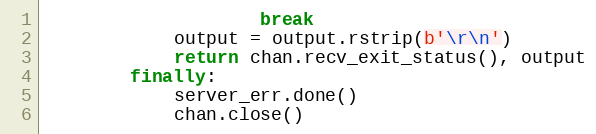
Language: Python
                    break
            output = output.rstrip(b'\r\n')
            return chan.recv_exit_status(), output
        finally:
            server_err.done()
            chan.close()